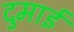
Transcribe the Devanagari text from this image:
दुमाई